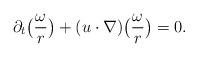
LaTeX: \begin{align*} \partial_t \bigl( \frac {\omega} r \bigr) + (u\cdot \nabla) \bigl( \frac {\omega} r \bigr)=0.\end{align*}